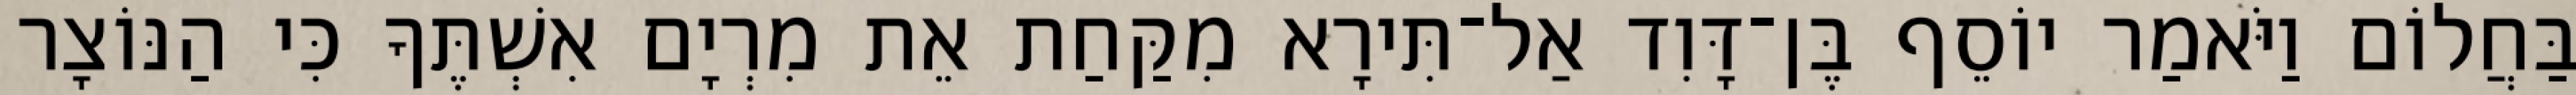
בַּחֲלוֹם וַיֹּאמַר יוֹסֵף בֶּן־דָּוִד אַל־תִּירָא מִקַּחַת אֵת מִרְיָם אִשְׁתֶּךָ כִּי הַנּוֹצָר